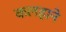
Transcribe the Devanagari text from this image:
कलहाने